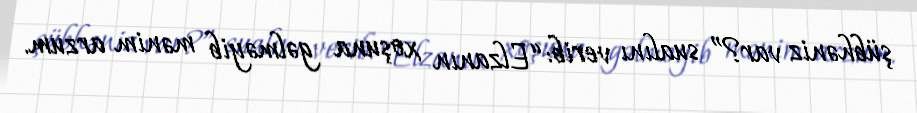
şübhəniz var?” sualını verib: “Elzanın xoşuna gəlməyib mənim arzum.